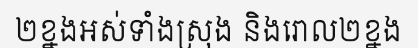
២ខ្នងអស់ទាំងស្រុង និងរោល២ខ្នង